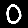
Digit: 0